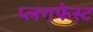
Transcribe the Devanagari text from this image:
प्लगफेस्ट